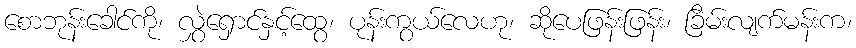
စောဘုန်းခေါင်ကို၊ လွှဲရှောင်နှင့်ထွေ၊ ပုန်းကွယ်လေဟု၊ ဆိုပေဖြန်းဖြန်း၊ ခြိမ်းလျက်မန်းက၊